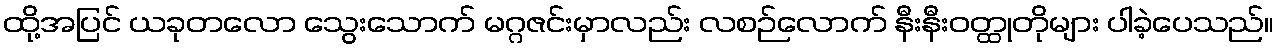
ထို့အပြင် ယခုတလော သွေးသောက် မဂ္ဂဇင်းမှာလည်း လစဉ်လောက် နီးနီးဝတ္ထုတိုများ ပါခဲ့ပေသည်။